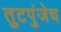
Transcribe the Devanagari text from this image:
तुटपुंजेच